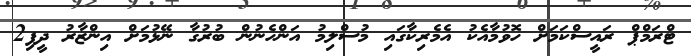
ޓްރަމްޕް ރައީސްކަމަށް ހޮވުމާއެކު އެމެރިކާގައި މުސްލިމު އަންހެނުން ބުރުގާ ނޭޅުމަށް އިންޒާރު ދީފި2